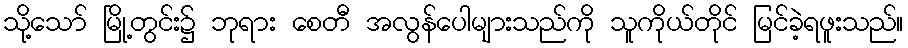
သို့သော် မြို့တွင်း၌ ဘုရား စေတီ အလွန်ပေါများသည်ကို သူကိုယ်တိုင် မြင်ခဲ့ရဖူးသည်။